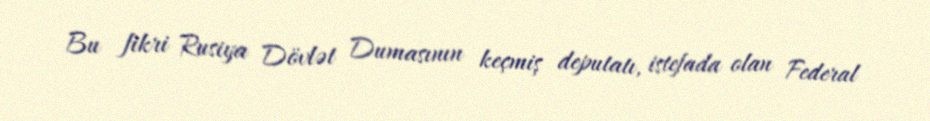
Bu fikri Rusiya Dövlət Dumasının keçmiş deputatı, istefada olan Federal